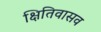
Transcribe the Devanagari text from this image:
क्षितिवासव